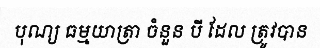
បុណ្យ ធម្មយាត្រា ចំនួន បី ដែល ត្រូវបាន